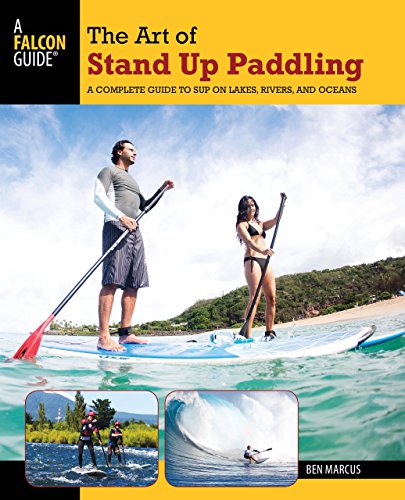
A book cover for The Art of Stand Up Paddling: A Complete Guide to SUP on Lakes, Rivers, and Oceans (How to Paddle Series); Ben Marcus; Sports & Outdoors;